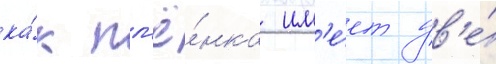
ка́к пл'ё́нка им'е́ет дв'е́